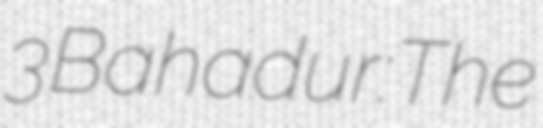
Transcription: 3 Bahadur: The